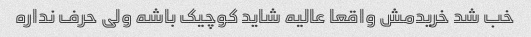
خب شد خریدمش واقعا عالیه شاید کوچیک باشه ولی حرف نداره